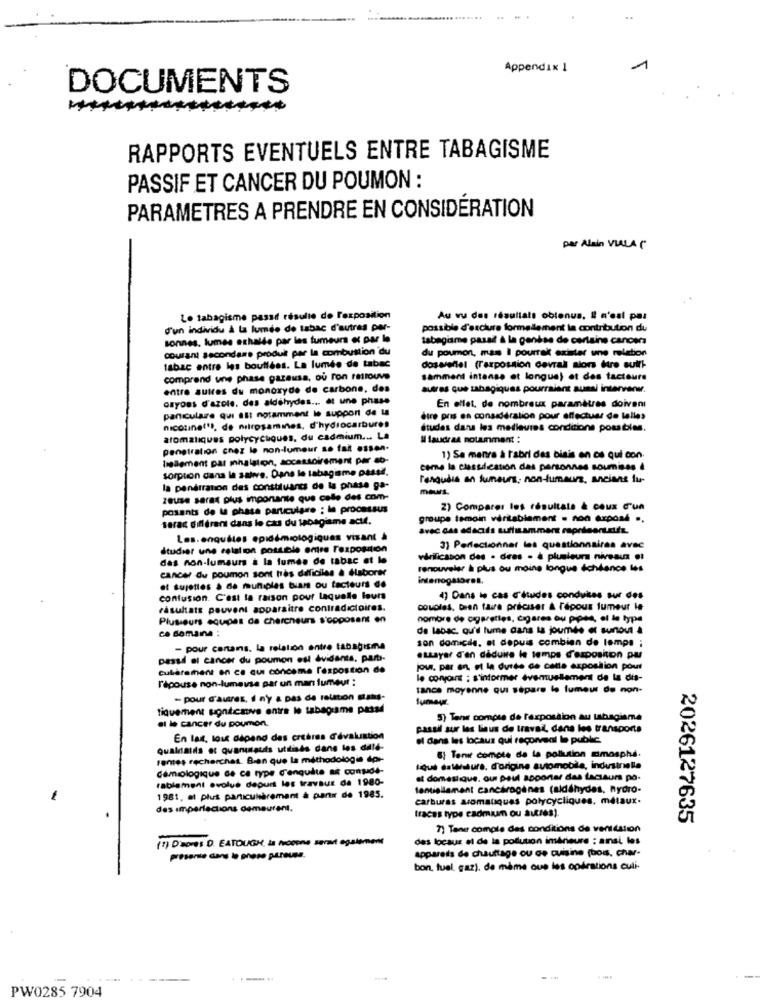
Appendix 1
DOCUMENTS
RAPPORTS EVENTUELS ENTRE TABAGISME
PASSIF ET CANCER DU POUMON :
PARAMETRES A PRENDRE EN CONSIDÉRATION
par Alain VILLA (*
Lo tabagisme passt résulte de l'exposition
Au vu des résultats obtenus, Il n'est pas
d'un individu À la fumée de tabac d'autres par-
possible d'exclure formellement la contribution du
sonnes, fumes exhalde par les tumeurs et par le
tabagisme pasad à la genèse de certains cancers
courant secondase produit par la combustion du
du poumon, mas Il pourrait exister une relation
tabac entre les boullées. La lumée de tabac
dosererel (Taxpossion devral siors dure suit !-
comprend une phase gazausa, ou ron retrouve
Samment intense et longue) et des facteurs
entre autres du monoxyde de carbone, des
autres que zabagiques pourraient aussi intervenw.
osyoss d'azole. des aldehydes ... et une phase
panculare qui est notamment Io support de la
En ellet, de nombreux paramètres doivent
ètre pris en considération pour effectuer de telles
études dans les medlevies conditions posables.
aromaliques polycycliques, du cadmium ... L
Il faudras notamment :
penetration cnez le non-lumour se fait essen.
leBlement par mhalation, socessoirement per ab-
1) Sa manra à l'abri des bisis en ce qui con.
sorption dans la salive. Dans le tabagisme passd.
come la cussession das personnes soumises 4
reagudis an fumeurs, non-fumeurz, ancians lu-
la penérration des constituants de la phase ga-
mews.
zeuse sarat plus importante que celle des com-
posants de la phase particulare : le processus
2) Comparer les résultats & ceux d'un
terac différent dans le cas du tabagisme scut.
groupe temoin véritablement . non exposé ..
Las.enquêtes epidémiologiques visant à
studier une relation possible entre Fexposition
3) Perfectionner les questionnaires avec
das non-lumaura à la fumée de tabac et le
virilicsson des . dies - à plusieurs niveaux et
cancer du poumon sont très difficiles & #laborer
renouveler à plus ou moins longue échéance les
intenogstoret.
et sujettes à de muniples biars ou facteurs de
confusion. C'est la raison pour laquelle leurs
4) Dans le cas d'études conduites sur des
résultats peuvent apparaitre contradictoires.
couples, bien faire préciser & l'épous fumeur ie
Plusieurs equipes de chercheurs s'opposent en
nombre de cigarettes, cigares ou pipe, of le type
ce domaine :
de labac. qu'il fume dans la journée et surtout &
son domicde, at depuis combien de temps ;
- pour canais. la relation entre tabagisme
passd al cancer du poumon esl dvidants. part-
essayer d'en déduire le temps d'exposition pur
cuièrement en ce qui conceme l'exposition de
jou, par an el la durée de cette exposition pour
l'épouse non-lumevse par un mar fumeur :
le coryort : s'informer évemusllement de la dis-
tance moyenne qui sépare le fumeur de non-
- pour d'aures, I n'y a pas de relation sans-
tiquement uontemive entre lo tabagisme passd
5) Tens compte de faxpossion au tabagisme
et le cancer du poumon.
passil sur les linus de travail dans les transports
En las, lou dépend des creères d'évaluation
el dans les locaux qui reconveal lo public
Qualnalis et quanulsuis utdisés dans les dillé-
rentes recherches. Bien que la méthodologie dor-
&1 Tent compte de la pollution mospha.
Cémiologique de ca type T'enquite af considé-
liqui daleitura. d'origine automobile, industrielle
rablement evolve depurt les travaux da 1980-
at domestique. our paul apporter das taczaurs på-
tentiallament cancérogènes (aldéhydes, hydro-
1981, at plus particulièrement à pani de 1985.
carburas aromatiques polycycliques. métaux.
des imperfections demeurent.
tracas type cadmium ou autres).
2026127635
7) Tene comple des conditions de ventdation
(1) D'ores D. EATOUGH, la focene serait egalement
des locaux el de la pollution imérieure : anal, les
apparets de chauttage ou de cuisine (bois, char-
presente dans le phere pureusa.
bon. tual, gaz). de même que les opérations culi-
PW0285 7904